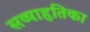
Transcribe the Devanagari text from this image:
सव्याहृतिका